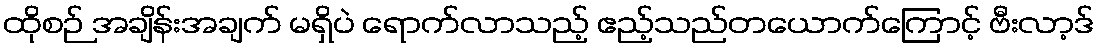
ထိုစဉ် အချိန်းအချက် မရှိပဲ ရောက်လာသည့် ဧည့်သည်တယောက်ကြောင့် ဗီးလာ့ဒ်